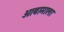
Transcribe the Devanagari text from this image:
ओबामाला